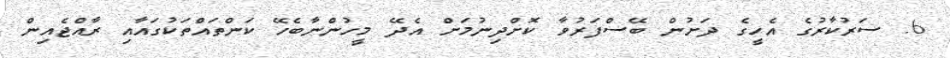
6. ސަރުކާރުގެ އެހީގެ ދަށުން ބޭސްފަރުވާ ކޮށްދިނުމަށް އެދޭ މީހުންނާބެހޭ ކަންތައްތަކުގައާއި ރާއްޖެއިން